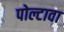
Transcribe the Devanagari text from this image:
पोल्टावा